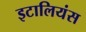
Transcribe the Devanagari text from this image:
इटालियंस